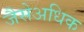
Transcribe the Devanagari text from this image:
जैसेअधिक